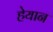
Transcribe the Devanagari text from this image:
हेयान